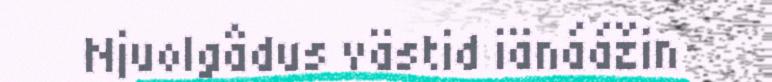
Njuolgâdus västid iänáážin